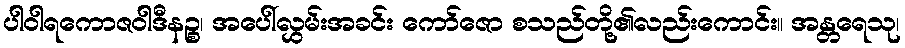
ပါဝါရကောဇဝါဒီနဉ္စ၊ အပေါ်လွှမ်းအခင်း ကော်ဇော စသည်တို့၏လည်းကောင်း။ အန္တရေသု၊